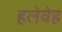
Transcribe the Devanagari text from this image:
हलेवेह